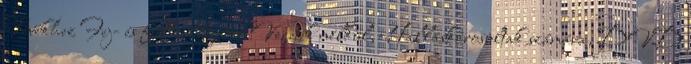
Tévékhez Fej- és fülhallgatók Vezeték nélkül, Halláskárosultak számára, DVD